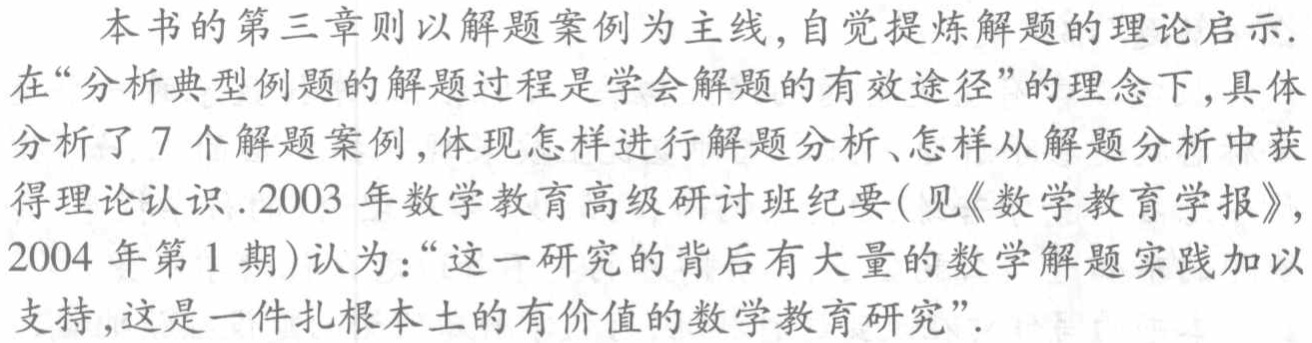
本书的第三章则以解题案例为主线,自觉提炼解题的理论启示.

在“分析典型例题的解题过程是学会解题的有效途径”的理念下,具体

分析了 7 个解题案例,体现怎样进行解题分析、怎样从解题分析中获

得理论认识. 2003 年数学教育高级研讨班纪要(见《数学教育学报》,

2004 年第 1 期)认为：“这一研究的背后有大量的数学解题实践加以

支持,这是一件扎根本土的有价值的数学教育研究”.